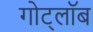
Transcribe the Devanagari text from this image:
गोट्लॉब